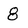
Character: 8